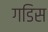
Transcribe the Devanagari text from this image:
गडिस